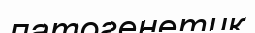
патогенетик